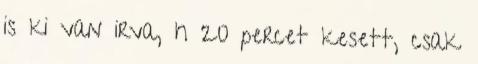
is ki van irva, h 20 percet kesett, csak